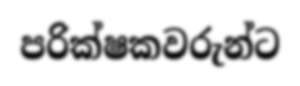
පරික්ෂකවරුන්ට